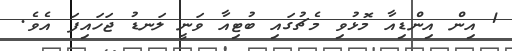
1 އިން އިންޑިއާ މޮޅުވި މެޗުގައި ބުޓިއާ ވަނީ ލަނޑު ޖަހައިފަ އެވެ.